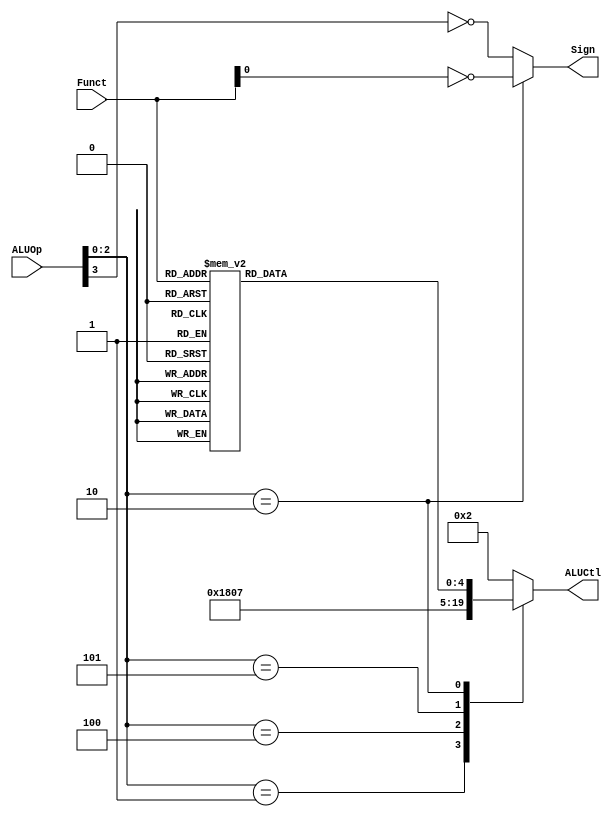
`timescale 1ns / 1ps
//////////////////////////////////////////////////////////////////////////////////
// Company: 
// Engineer: 
// 
// Design Name: 
// Module Name: ALUControl
// Project Name: 
// Target Devices: 
// Tool Versions: 
// Description: 
// 
// Dependencies: 
// 
// Revision:
// Revision 0.01 - File Created
// Additional Comments:
// 
//////////////////////////////////////////////////////////////////////////////////



module ALUControl(ALUOp, Funct, ALUCtl, Sign);
	input [3:0] ALUOp;
	input [5:0] Funct;
	output reg [4:0] ALUCtl;
	output Sign;
	
	parameter aluAND = 5'b00000;
	parameter aluOR  = 5'b00001;
	parameter aluADD = 5'b00010;
	parameter aluSUB = 5'b00110;
	parameter aluSLT = 5'b00111;
	parameter aluNOR = 5'b01100;
	parameter aluXOR = 5'b01101;
	parameter aluSLL = 5'b10000;
	parameter aluSRL = 5'b11000;
	parameter aluSRA = 5'b11001;
	
	assign Sign = (ALUOp[2:0] == 3'b010)? ~Funct[0]: ~ALUOp[3];
	
	reg [4:0] aluFunct;
	always @(*)
		case (Funct)
			6'b00_0000: aluFunct <= aluSLL;
			6'b00_0010: aluFunct <= aluSRL;
			6'b00_0011: aluFunct <= aluSRA;
			6'b10_0000: aluFunct <= aluADD;
			6'b10_0001: aluFunct <= aluADD;
			6'b10_0010: aluFunct <= aluSUB;
			6'b10_0011: aluFunct <= aluSUB;
			6'b10_0100: aluFunct <= aluAND;
			6'b10_0101: aluFunct <= aluOR;
			6'b10_0110: aluFunct <= aluXOR;
			6'b10_0111: aluFunct <= aluNOR;
			6'b10_1010: aluFunct <= aluSLT;
			6'b10_1011: aluFunct <= aluSLT;
			default: aluFunct <= aluADD;
		endcase
	
	always @(*)
		case (ALUOp[2:0])
			3'b000: ALUCtl <= aluADD;
			3'b001: ALUCtl <= aluSUB;
			3'b100: ALUCtl <= aluAND;
			3'b101: ALUCtl <= aluSLT;
			3'b010: ALUCtl <= aluFunct;
			default: ALUCtl <= aluADD;
		endcase

endmodule